Annual report on the lock hospitals of the Madras Presidency
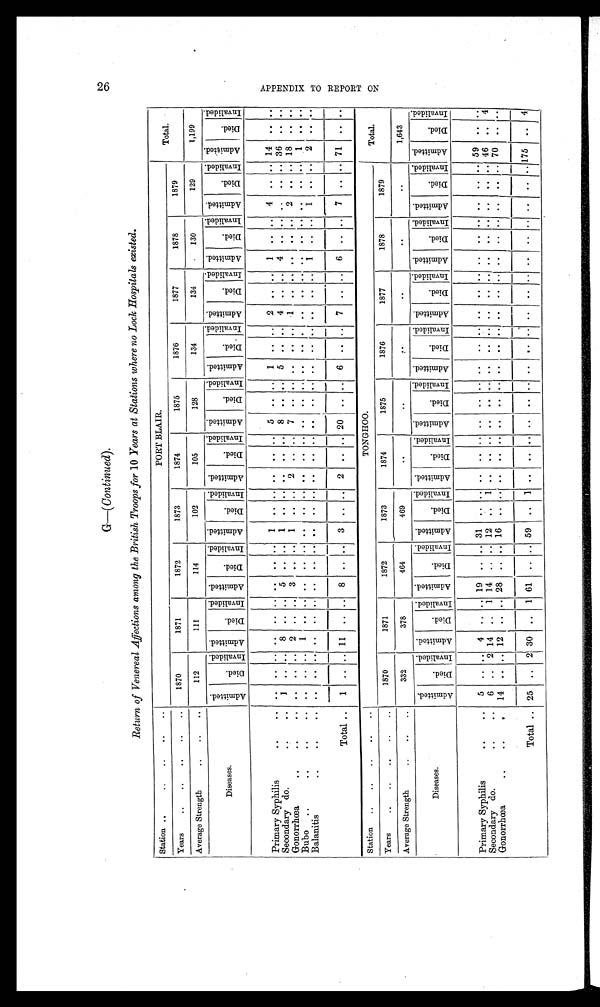
26
G—(Continued).
Return of Venereal Affections among the British Troops for 10 Years at Stations where no Lock Hospitals existed.
Station ..
..
..
..
..
PORT BLAIR.
Total.
Years
..
..
..
..
..
1870
1871
1872
1873
1874
1875
1876
1877
1878
1879
Average Strength
..
..
..
112
111
114
102
105
128
134
134
130
129
1,199
Diseases.
A d m i t t e d .
D i e d .
I n v a l i d e d .
A d m i t t e d .
D i e d .
Inval i ded.
A d m i t t e d .
D i e d .
I n v a l i d e d .
A d m i t t e d .
D i e d .
I n v a l i d e d .
A d m i t t e d .
D i e d .
I n v a l i d e d . A d m i t t e d .
D i e d .
I n v a l i d e d .
A d m i t t e d .
D i e d .
I n v a l i d e d .
A d m i t t e d .
D i e d .
I n v a l i d e d .
A d m i t t e d .
D i e d .
I n v a l i d e d .
A d m i t t e d .
D i e d .
I n v a l i d e d .
A d m i t t e d .
D i e d .
I n v a l i d e d .
Primary Syphilis
..
..
. .
. .
. .
. . .. ..
. .
. .
. .
1
. .
. .
. .
. . ..
5
.. ..
1
. . . .
2
.. ..
1
..
. . 4
. . .. 14
. .
. .
Secondary do.
..
..
1 . .
. .
. .
8 .. ..
5
. .
. . 1
..
. .
. .
. . . .
8
.. ..
5
. . . .
4
.. ..
4
. .
. . ..
. . .. 36
. .
. .
Gonorrhœa
..
..
..
. .
. .
. . 2
.. ..
3 ..
. . 1
.. ..
2
.. ..
7
. . . .
. .
. . . .
1
. .
. . . .
. .
. . 2
..
. . 18
. .
. .
Bubo
..
..
..
. .
. .
. . 1
. . .. .. ..
. .
. .
. .
. .
. .
. . ..
. .
. . . .
. .
. .
. .
. .
. . . .
. .
. .
. .
. .
. .
. .
1
. .
Balanitis
..
..
..
..
. .
. .
. .
. . ..
. .
. .
. .
. .
. . ..
. . ..
. .
. .
. .
. . ..
. . . .
. .
. .
. . 1
.. ..
1
..
. .
2
. .
. .
Total ..
1
.. .. 11
.. ..
8
.. ..
3
.. ..
2
..
. . 20
..
. .
6
.. ..
7
.. ..
6
..
. . 7
.. .. 71
. .
. .
Station
..
..
..
. . ..
TONGHOO.
Total.
Years
..
..
..
..
..
1 8 7 0
1871
1872
1873
1874
1875
1876
1877
1878
1879
Average Strength
..
..
..
332
378
464
469
..
. .
. .
. .
. .
. .
1,643
Diseases.
A d m i t t e d .
D i e d .
I n v a l i d e d .
A d m i t t e d .
D i e d .
I nva l i de d.
A d m i t t e d .
D i e d .
I n v a l i d e d .
A d m i t t e d .
D i e d .
I n v a l i d e d .
A d m i t t e d .
D i e d .
I n v a l i d e d .
A d m i t t e d .
D i e d .
I n v a l i d e d .
A d m i t t e d .
D i e d .
I n v a l i d e d . A d m i t t e d .
D i e d .
I n v a l i d e d .
A d m i t t e d .
D i e d .
I n v a l i d e d . A d m i t t e d .
D i e d .
I n v a l i d e d .
A d m i t t e d .
D i e d .
I n v a l i d e d .
Primary Syphilis
..
..
5
. .
. .
4 ..
..
1 9
. .
. .
3 1
. . . .
. .
. .
. .
. .
. .
. .
. .
. .
. .
. .
. .
. . ..
. . . .
. .
. .
. .
59
..
..
Secondary do.
..
..
6
..
2 14
..
1 14
. . .. 12
. . 1
. .
. . .. . .
. .
. .
. .
. .
. . . .
. .
. .
. .
. .
. .
. .
. .
. . 46
. . 4
Gonorrhœa
..
..
..
14
.. .. 12
.. .. 28
. .
. .
16
..
. . ..
. .
. . . .
. .
. .
. .
. .
. . . .
. .
. .
. .
. .
. .
. .
. . . . 70
..
. .
Total .. 25 ..
2 30
..
1 61
. . .. 59
..
1
. .
. .
. .
. .
. .
. .
. .
. .
. .
. .
. .
. .
..
. . . .
. .
. .
. .
175
. . 4
A P P E N D I X T O R E P O R T O N